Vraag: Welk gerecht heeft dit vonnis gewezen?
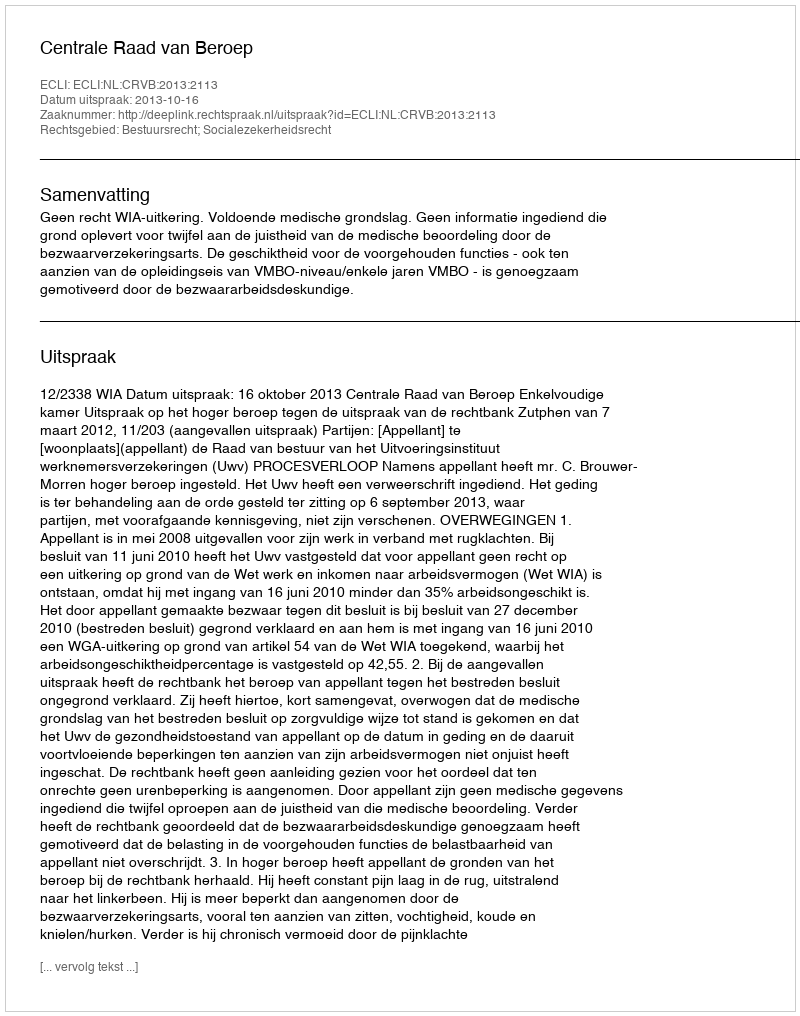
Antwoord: Centrale Raad van Beroep